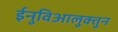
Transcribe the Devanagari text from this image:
ईनुविआलुक्तुन